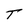
Character: T